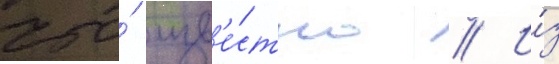
что́ изв'е́стно // И́з